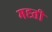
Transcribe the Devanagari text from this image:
मह्ती